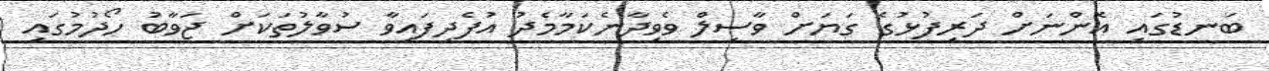
ބަނޑުގައި އޮންނަށް ދަރިފުޅުގެ ގަޔަށް ވާސިލް ވެވިދާނެކަމާމެދު އުފެދިފައިވާ ސުވާލުތަަކަށް ޖަވާބު ހޯދުމުގައި